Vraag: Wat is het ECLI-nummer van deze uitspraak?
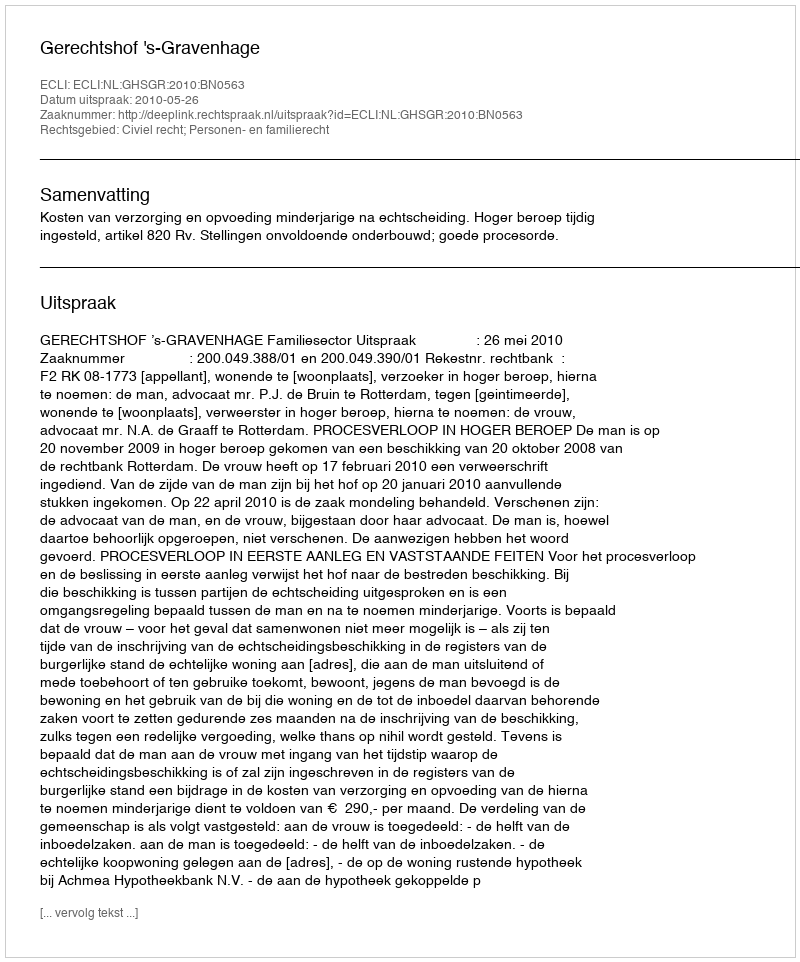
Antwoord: ECLI:NL:GHSGR:2010:BN0563